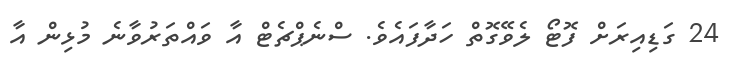
24 ގަޑިއިރަށް ފޮޓޯ ލެވޭގޮތް ހަދާފައެވެ. ސްނެޕްޗެޓް އާ ވައްތަރުވާނެ މުޅިން އާ